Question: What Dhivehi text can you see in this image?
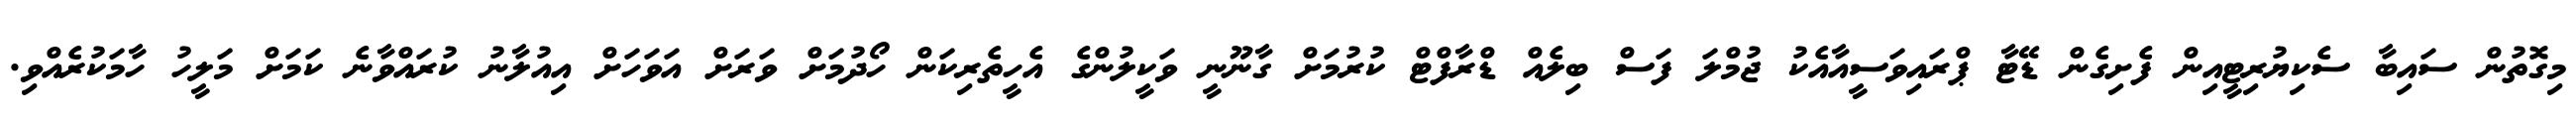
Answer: މިގޮތުން ސައިބާ ސެކިޔުރިޓީއިން ފެށިގެން ޑޭޓާ ޕްރައިވަސީއާއެކު ޖުމްލަ ފަސް ބިލެއް ޑްރާފްޓް ކުރުމަށް ގާނޫނީ ވަކީލުންގެ އެހީތެރިކަން ހޯދުމަށް ވަރަށް އަވަހަށް އިއުލާނު ކުރައްވާނެ ކަމަށް މަލީހު ހާމަކުރެއްވި.